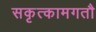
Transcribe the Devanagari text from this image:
सकृत्कामगतौ